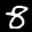
Label: 8